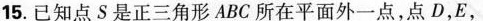
15.已知点S是正三角形ABC所在平面外一点，点D，E，